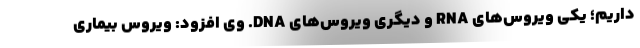
داریم؛ یکی ویروس‌های RNA و دیگری ویروس‌های DNA. وی افزود: ویروس بیماری